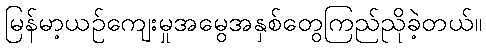
မြန်မာ့ယဉ်ကျေးမှုအမွေအနှစ်တွေကြည်ညိုခဲ့တယ်။